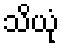
သိယုံ